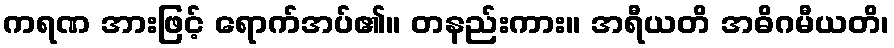
ကရဏ အားဖြင့် ရောက်အပ်၏။ တနည်းကား။ အရီယတိ အဓိဂမီယတိ၊